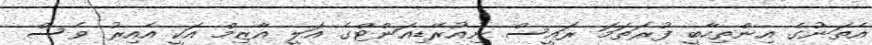
އެތަނުގެ އިންތިހާބީ ފުރަތަމަ ރައީސް ނިއުރޭޑިއަންޓްގެ އަލީ އާޒިމް އަކީ އެއިރު ވެސް